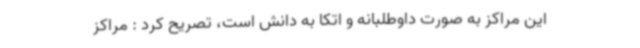
این مراکز به صورت داوطلبانه و اتکا به دانش است، تصریح کرد : مراکز